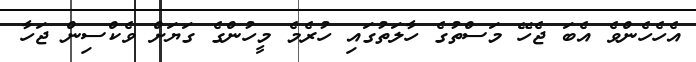
އެހެހެންވެ އެބަ ޖެހޭ މަސްތުގެ ހާލަތުގައި ހުރެމެ މީހުންގެ ގަޔަށް ވެކްސިން ޖަހާ